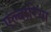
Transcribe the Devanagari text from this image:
एल्बारिया